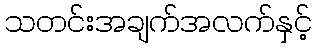
သတင်းအချက်အလက်နှင့်